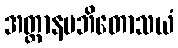
အတ္တာနမဘိတောသယံ